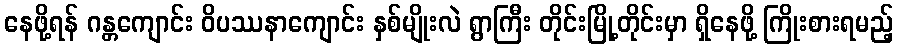
နေဖို့ရန် ဂန္တကျောင်း ဝိပဿနာကျောင်း နှစ်မျိုးလဲ ရွာကြီး တိုင်းမြို့တိုင်းမှာ ရှိနေဖို့ ကြိုးစားရမည့်